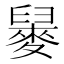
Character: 𪌲